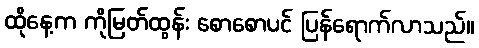
ထိုနေ့က ကိုမြတ်ထွန်း စောစောပင် ပြန်ရောက်လာသည်။